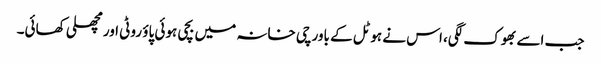
جب اسے بھوک لگی، اس نے ہوٹل کے باورچی خانہ میں بچی ہوئی پاؤ روٹی اور مچھلی کھائی۔